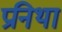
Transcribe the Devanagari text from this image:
प्रनिथा